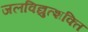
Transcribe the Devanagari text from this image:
जलविद्युत्शक्ति